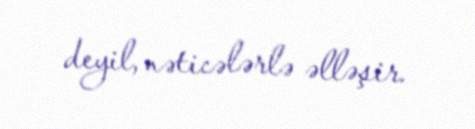
deyil, nəticələrlə əlləşir.